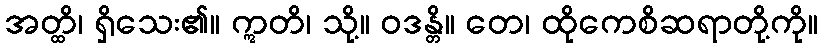
အတ္ထိ၊ ရှိသေး၏။ ဣတိ၊ သို့။ ဝဒန္တိ။ တေ၊ ထိုကေစိဆရာတို့ကို။